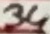
Text: 34